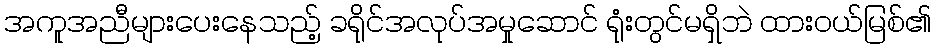
အကူအညီများပေးနေသည့် ခရိုင်အလုပ်အမှုဆောင် ရုံးတွင်မရှိဘဲ ထားဝယ်မြစ်၏